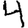
Digit: 4